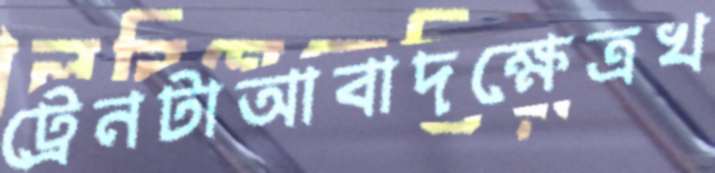
ট্রেনটাআবাদক্ষেত্রখ